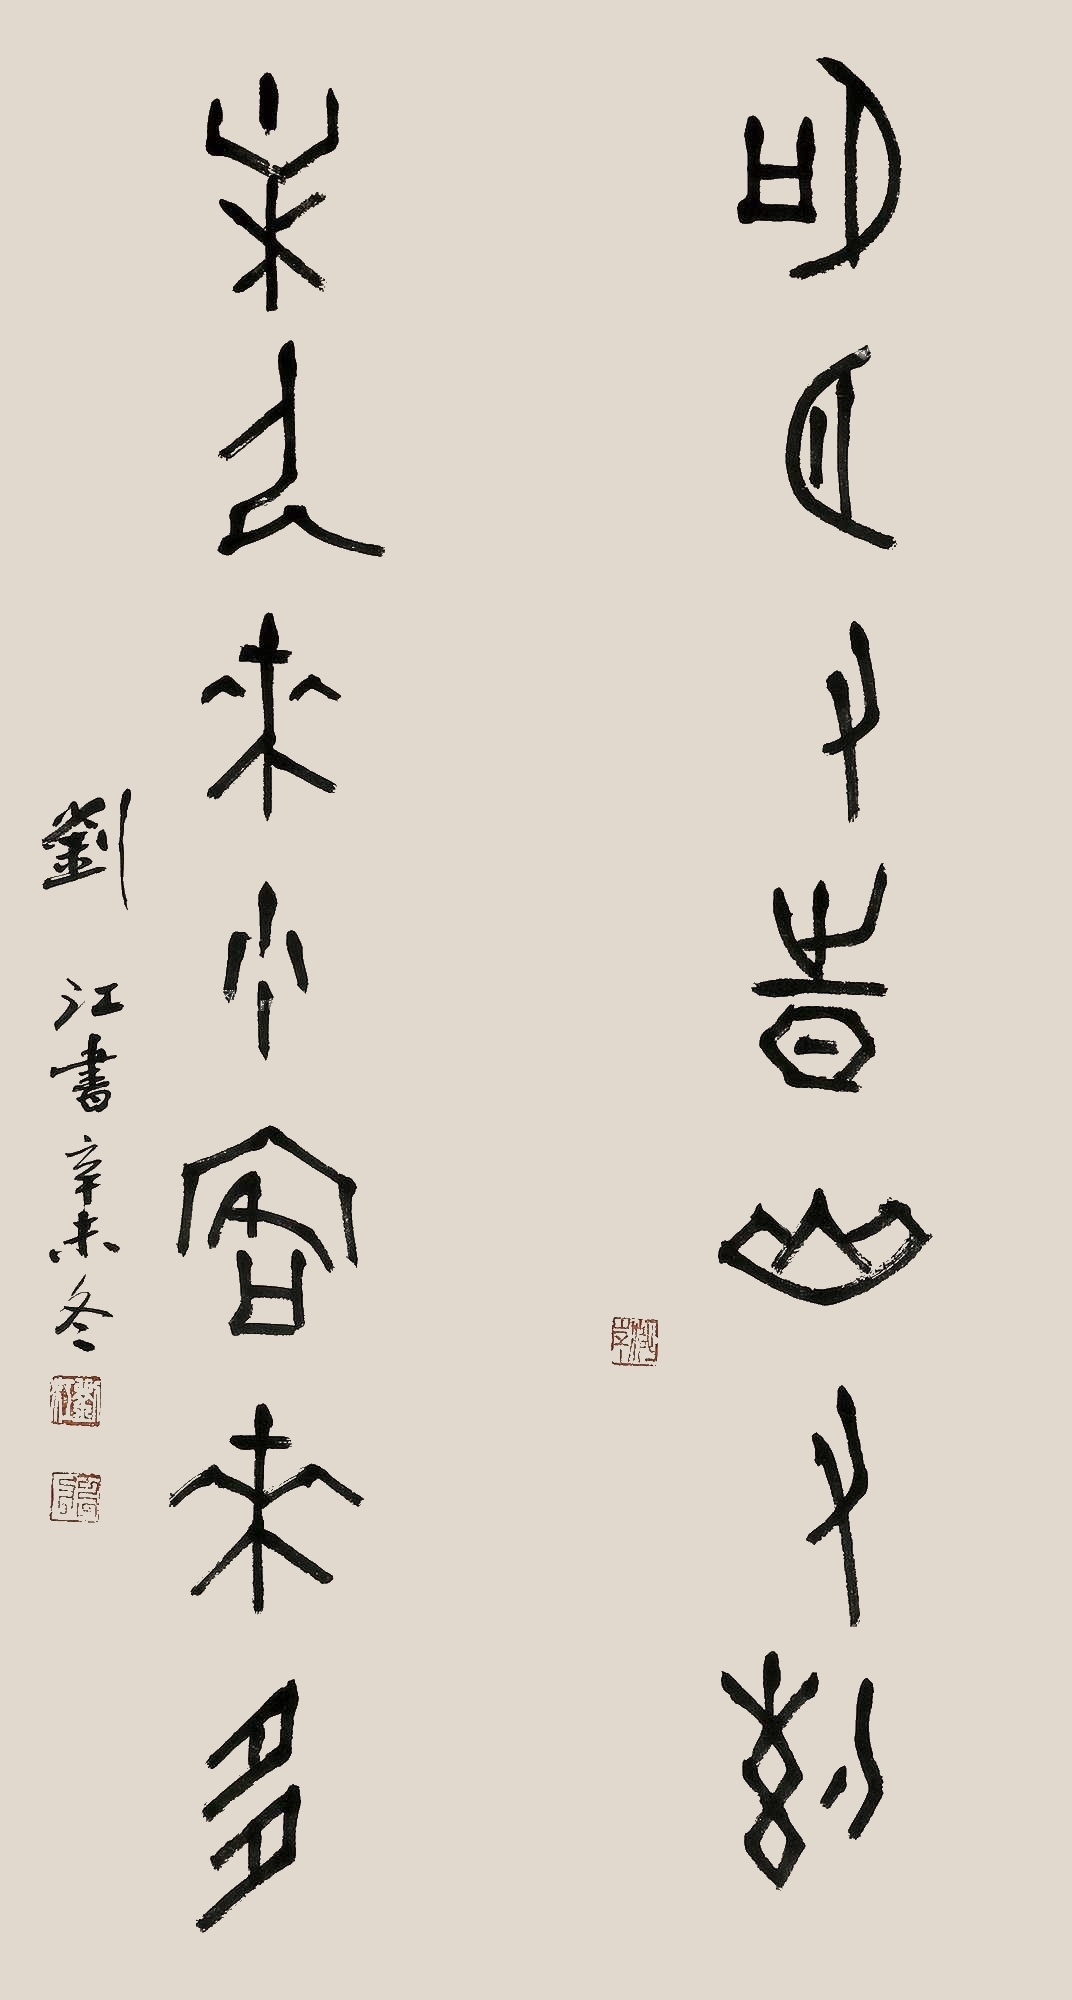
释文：明月有时山有约，主人来少客来多。刘江书，辛未冬。